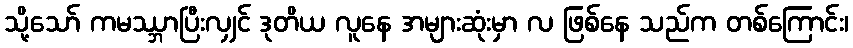
သို့သော် ကမဿ္ဘာပြီးလျှင် ဒုတိယ လူနေ အများဆုံးမှာ လ ဖြစ်နေ သည်က တစ်ကြောင်း၊